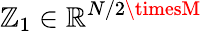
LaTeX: \mathbb{Z}_{1}\in\mathbb{R}^{N/2\timesM}